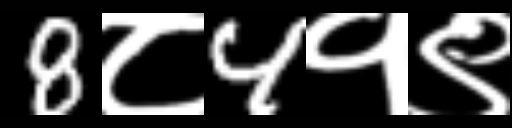
Text: 8८4१९